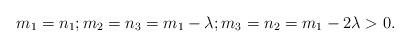
LaTeX: \begin{align*}m_1=n_1; m_2=n_3=m_1-\lambda; m_3=n_2=m_1-2\lambda>0. \end{align*}